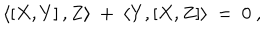
\langle \left[ X , Y \right] , Z \rangle \ + \ \langle Y , \left[ X , Z \right] \rangle \ = \ 0 \ ,